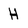
Character: H